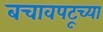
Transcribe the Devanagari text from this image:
बचावपटूच्या